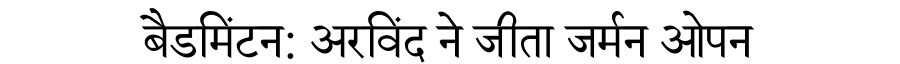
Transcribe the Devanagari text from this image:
बैडमिंटन: अरविंद ने जीता जर्मन ओपन